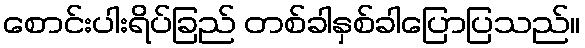
စောင်းပါးရိပ်ခြည် တစ်ခါနှစ်ခါပြောပြသည်။